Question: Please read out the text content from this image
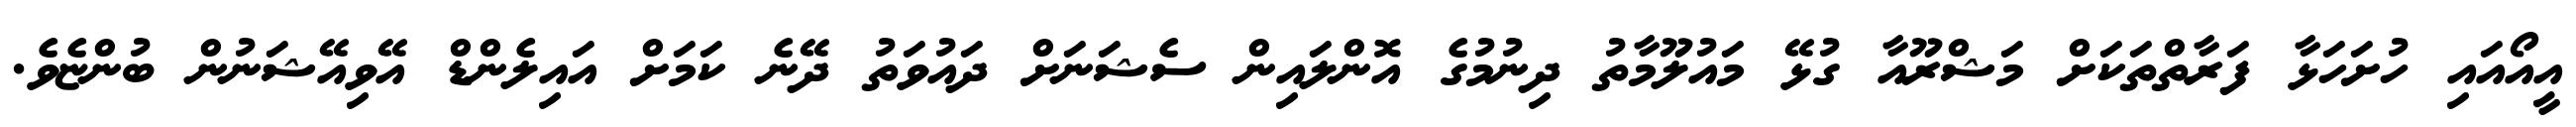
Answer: އީއޯއައި ހުށަހަޅާ ފަރާތްތަކަށް މަޝްރޫއާ ގުޅޭ މައުލޫމާތު ދިނުމުގެ އޮންލައިން ސެޝަނަށް ދައުވަތު ދޭނެ ކަމަށް އައިލެންޑް އޭވިއޭޝަނުން ބުންޏެވެ.